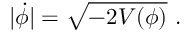
| \dot { \phi } | = \sqrt { - 2 V ( \phi ) } \ .